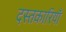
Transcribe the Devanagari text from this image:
दस्तकारियाँ